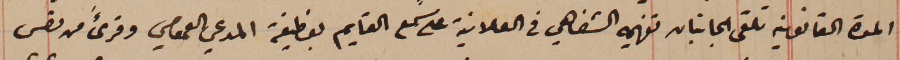
المدة القانونية تلقى الجانبان تفهيمه الشفاهي فى العلانية على سمع القايم بوظيفة المدعي العمومي وقرىءَ من نص